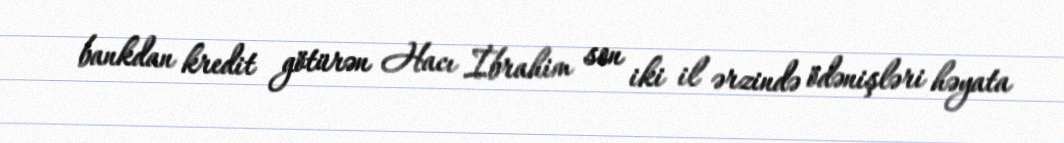
bankdan kredit götürən Hacı İbrahim son iki il ərzində ödənişləri həyata